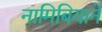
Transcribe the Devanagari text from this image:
नामिबियाने